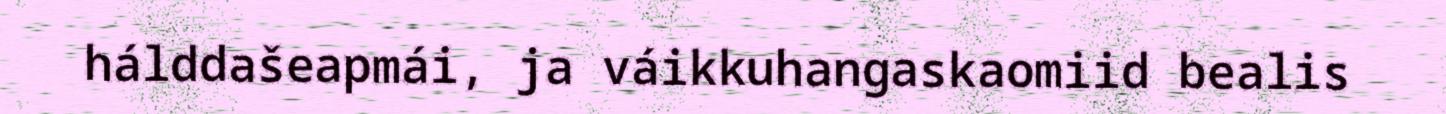
hálddašeapmái, ja váikkuhangaskaomiid bealis